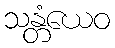
သန္တံယေဝ